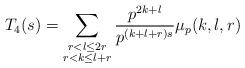
LaTeX: \begin{align*}T_4(s) = \sum_{\substack{r < l \leq 2r \\ r < k \leq l+r }} \frac{p^{2k+l}}{p^{(k+l+r)s}} \mu_p(k,l,r)\end{align*}